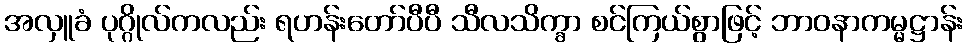
အလှူခံ ပုဂ္ဂိုလ်ကလည်း ရဟန်းတော်ပီပီ သီလသိက္ခာ စင်ကြယ်စွာဖြင့် ဘာဝနာကမ္မဋ္ဌာန်း